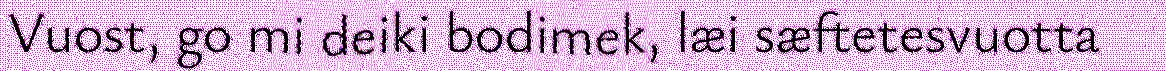
Vuost, go mi deiki bodimek, læi sæftetesvuotta